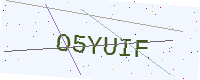
Text: O5YUIF